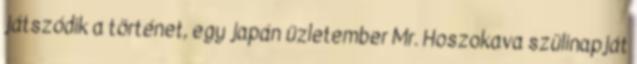
játszódik a történet, egy japán üzletember Mr. Hoszokava szülinapját